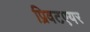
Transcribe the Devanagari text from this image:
प्रिवटएयर